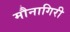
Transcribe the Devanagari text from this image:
मौनागिरी